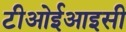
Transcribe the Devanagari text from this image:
टीओईआइसी